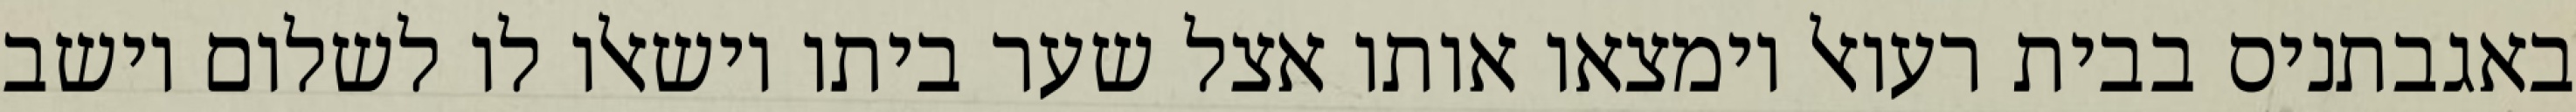
באגבתניס בבית רעואל וימצאו אותו אצל שער ביתו וישאלו לו לשלום וישב